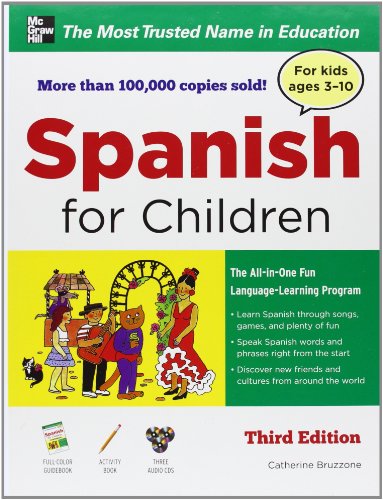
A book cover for Spanish for Children with Three Audio CDs, Third Edition; Catherine Bruzzone; Travel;